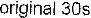
ORIGINAL 30S